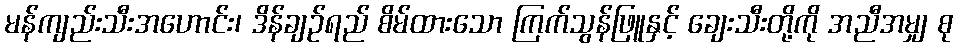
မန်ကျည်းသီးအဟောင်း၊ ဒိန်ချဉ်ရည် စိမ်ထားသော ကြက်သွန်ဖြူနှင့် ချေးသီးတို့ကို အညီအမျှ စု